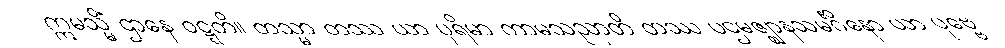
ဣမသ္မိံ ဌာနေ ဝဋ္ဋတိ။ တသ္မာ တဿ ယာ ပုရိမာ ကာမသညာတိ တဿ ပဌမဇ္ဈာနသမင်္ဂိနော ယာ ပုဗ္ဗေ